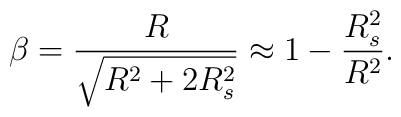
\beta = {R \over \sqrt{R^2+2 R_s^2}}\approx 1-{R_s^2 \over R^2}.